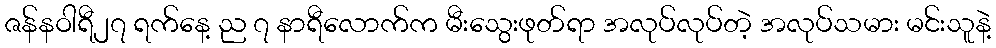
ဇန်နဝါရီ၂၇ ရက်နေ့ ည ၇ နာရီလောက်က မီးသွေးဖုတ်ရာ အလုပ်လုပ်တဲ့ အလုပ်သမား မင်းသူနဲ့